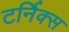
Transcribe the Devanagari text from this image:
टर्निक्स